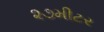
૨૭મીટર